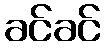
ခင်ခင်